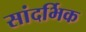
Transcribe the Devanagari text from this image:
सांदर्भिक